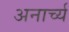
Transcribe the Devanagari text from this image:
अनार्च्य